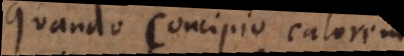
Quando concipio calorem